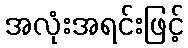
အလုံးအရင်းဖြင့်